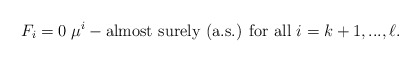
\begin{align*}F_{i}=0\thickspace \mu^i-\mbox{almost surely (a.s.) for all } i=k+1,...,\ell.\end{align*}